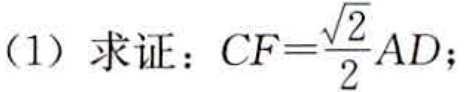
(1) 求证：$CF = \frac{\sqrt{2}}{2}AD$；